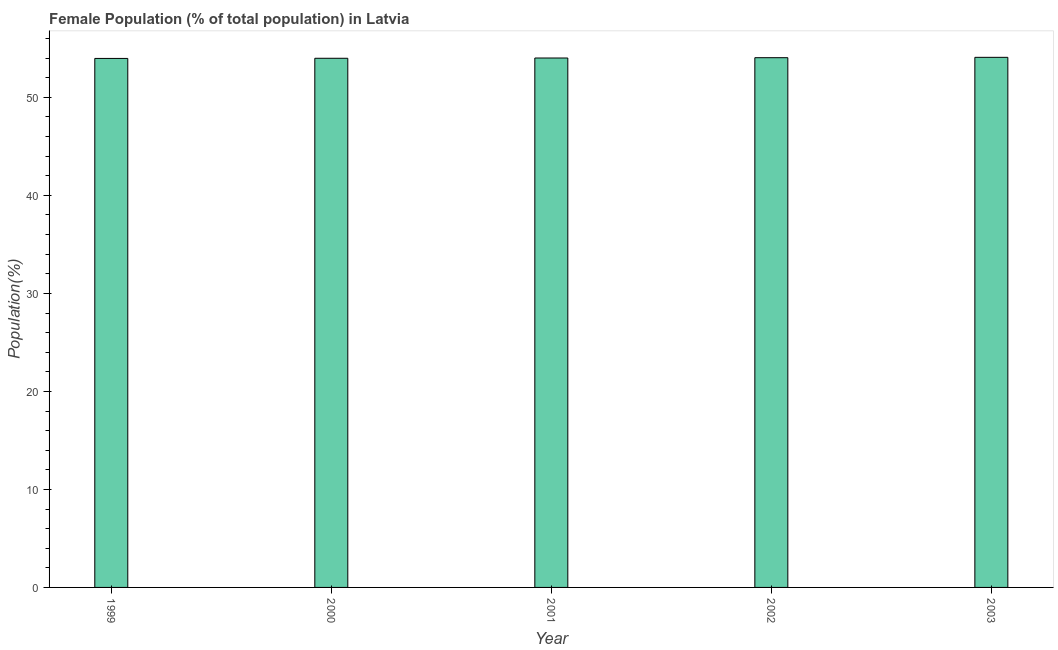
| Year | Female |
 | --- | --- |
 | 1999 | 54 |
 | 2000 | 54 |
 | 2001 | 54 |
 | 2002 | 54 |
 | 2003 | 54.1 |